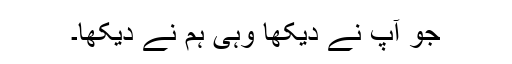
جو آپ نے دیکھا وہی ہم نے دیکھا۔